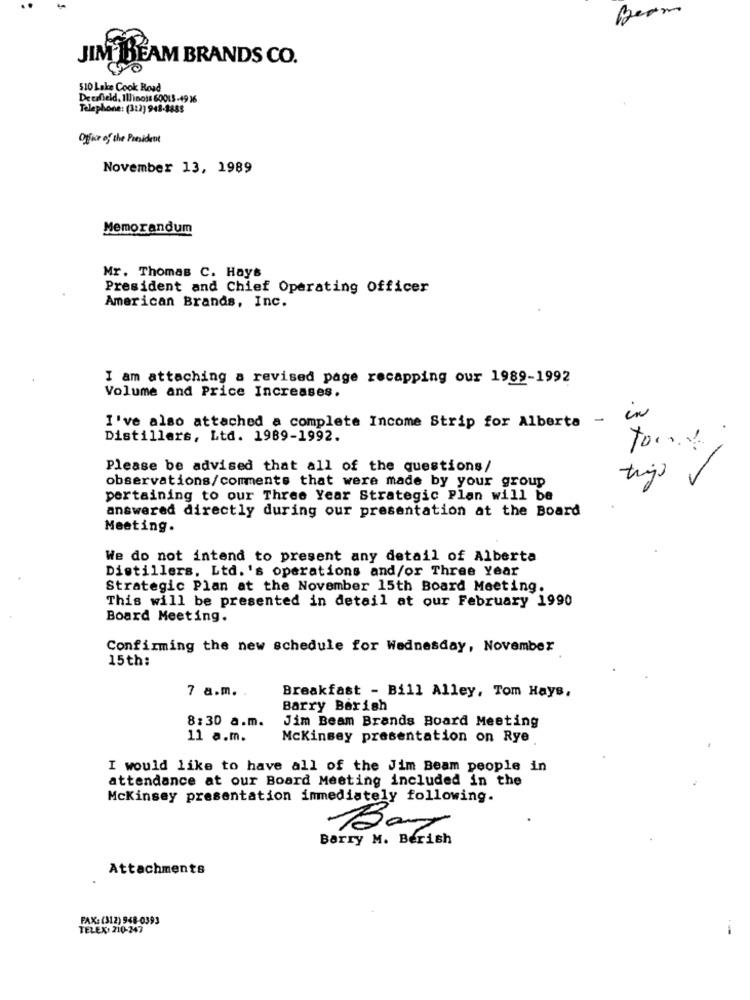
Beam
JIM BEAM BRANDS CO.
510 Lake Cook Road
Deerfield, Illinois 60013-49 36
Telephone: (3:2)948-8888
Office of the President
November 13, 1989
Memorandum
Mr. Thomas C. Hays
President and Chief Operating Officer
American Brands, Inc.
I am attaching a revised page recapping our 1989-1992
Volume and Price Increases.
I've also attached a complete Income Strip for Alberta - CN
Distillers, Ltd. 1989-1992.
Please be advised that all of the questions/
observations/comments that were made by your group
tijo
pertaining to our Three Year Strategic Plan will be
answered directly during our presentation at the Board
Meeting.
We do not intend to present any detail of Alberta
Distillers. Ltd.'s operations and/or Three Year
Strategic Plan at the November 15th Board Meeting.
This will be presented in detail at our February 1990
Board Meeting.
Confirming the new schedule for Wednesday, November
15th:
7 a.m. .
Breakfast - Bill Alley, Tom Hays,
Barry Berish
8:30 a.m.
Jim Beam Brands Board Meeting
11 a.m.
Mckinsey presentation on Rye
I would like to have all of the Jim Beam people in
attendance at our Board Meeting included in the
Mckinsey presentation immediately following.
Barry M. Berish
Attachments
FAX: (312) 948-0393
TELEX: 210-247